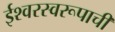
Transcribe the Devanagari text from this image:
ईश्वरस्वरूपाची